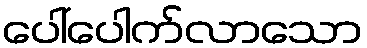
ပေါ်ပေါက်လာသော